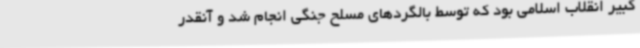
کبیر انقلاب اسلامی بود که توسط بالگردهای مسلح جنگی انجام شد و آنقدر